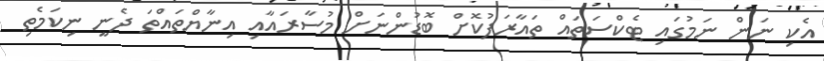
އެކި ނަން ނަމުގައި ޓެކްސަތައް ތައާރަފުކޮށް ބޮޑުންނަށް މުސާރައާއި އިނާޔްތައްތަ ދެނީ ނިކަމެތި